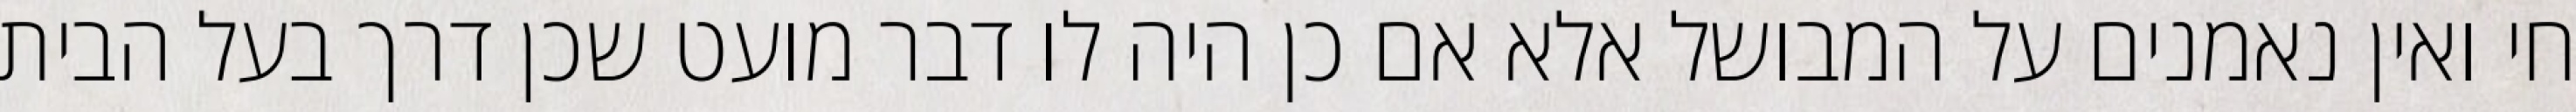
חי ואין נאמנים על המבושל אלא אם כן היה לו דבר מועט שכן דרך בעל הבית